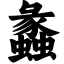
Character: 蠡